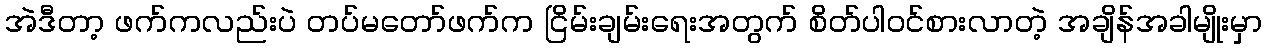
အဲဒီတာ့ ဖက်ကလည်းပဲ တပ်မတော်ဖက်က ငြိမ်းချမ်းရေးအတွက် စိတ်ပါဝင်စားလာတဲ့ အချိန်အခါမျိုးမှာ